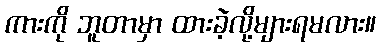
ကားကို ဘူတာမှာ ထားခဲ့လို့များရမလား။